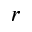
r